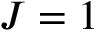
J = 1